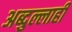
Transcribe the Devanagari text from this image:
अब्दुल्लाही